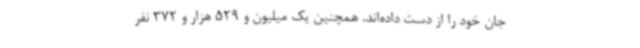
جان خود را از دست داده‌اند. همچنین یک میلیون و 529 هزار و 372 نفر